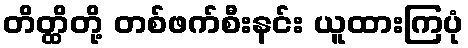
တိတ္ထိတို့ တစ်ဖက်စီးနင်း ယူထားကြပုံ